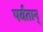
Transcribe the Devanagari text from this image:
पर्वतान्